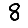
Digit: 8